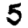
Digit: 5